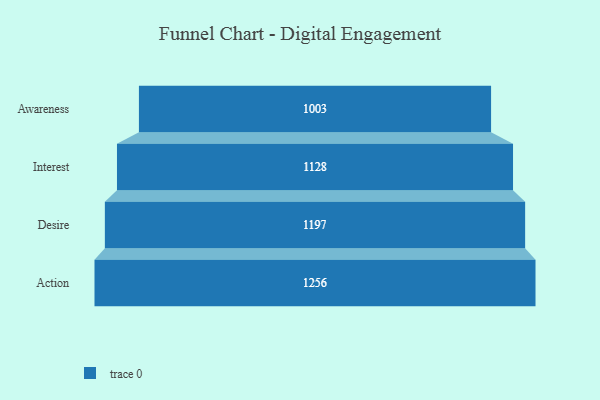
{"axis": {"x": "Stage", "y": "Value"}, "legend": [""], "data": [{"x": "Awareness", "y": 1003.0, "type": ""}, {"x": "Interest", "y": 1128.0, "type": ""}, {"x": "Desire", "y": 1197.0, "type": ""}, {"x": "Action", "y": 1256.0, "type": ""}]}